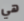
هي